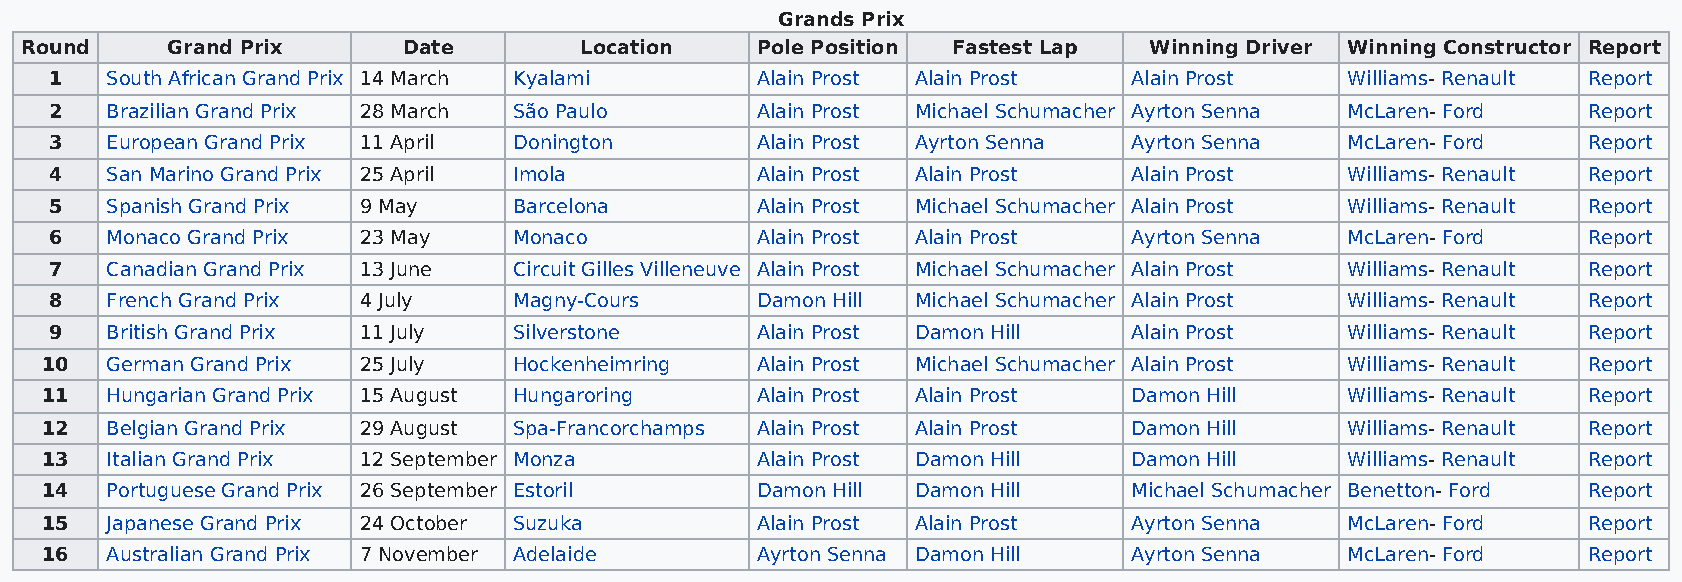
Grands Prix
 Round     Grand Prix      Date       Location    Pole Position Fastest Lap Winning Driver Winning Constructor Report
 1   South African Grand Prix 14 March Kyalami  Alain Prost Alain Prost  Alain Prost   Williams- Renault Report
 2   Brazilian Grand Prix 28 March São Paulo    Alain Prost Michael Schumacher Ayrton Senna McLaren- Ford Report
 3   European Grand Prix 11 April Donington     Alain Prost Ayrton Senna Ayrton Senna  McLaren- Ford   Report
 4   San Marino Grand Prix 25 April Imola       Alain Prost Alain Prost  Alain Prost   Williams- Renault Report
 5   Spanish Grand Prix 9 May   Barcelona       Alain Prost Michael Schumacher Alain Prost Williams- Renault Report
 6   Monaco Grand Prix 23 May   Monaco          Alain Prost Alain Prost  Ayrton Senna  McLaren- Ford   Report
 7   Canadian Grand Prix 13 June Circuit Gilles Villeneuve Alain Prost Michael Schumacher Alain Prost Williams- Renault Report
 8   French Grand Prix 4 July   Magny-Cours     Damon Hill Michael Schumacher Alain Prost Williams- Renault Report
 9   British Grand Prix 11 July Silverstone     Alain Prost Damon Hill   Alain Prost   Williams- Renault Report
 10  German Grand Prix 25 July  Hockenheimring  Alain Prost Michael Schumacher Alain Prost Williams- Renault Report
 11  Hungarian Grand Prix 15 August Hungaroring Alain Prost Alain Prost  Damon Hill    Williams- Renault Report
 12  Belgian Grand Prix 29 August Spa-Francorchamps Alain Prost Alain Prost Damon Hill Williams- Renault Report
 13  Italian Grand Prix 12 September Monza      Alain Prost Damon Hill   Damon Hill    Williams- Renault Report
 14  Portuguese Grand Prix 26 September Estoril Damon Hill Damon Hill    Michael Schumacher Benetton- Ford Report
 15  Japanese Grand Prix 24 October Suzuka      Alain Prost Alain Prost  Ayrton Senna  McLaren- Ford   Report
 16  Australian Grand Prix 7 November Adelaide  Ayrton Senna Damon Hill  Ayrton Senna  McLaren- Ford   Report